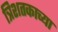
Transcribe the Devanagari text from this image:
त्रिशतकाच्या